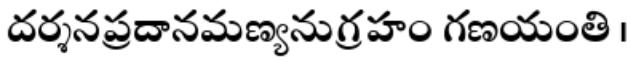
దర్శనప్రదానమణ్యనుగ్రహం గణయంతి ।